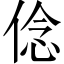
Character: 㑫